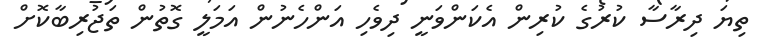
ތިޔަ ދިރާސާ ކުރުގެ ކުރިން އެކަންވަނީ ދިވެހި އަންހެނުން އަމަލީ ގޮތުން ތަޖުރިބާކޮށް